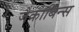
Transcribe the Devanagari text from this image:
जैकाबिन्स